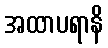
အထာပရာနိ